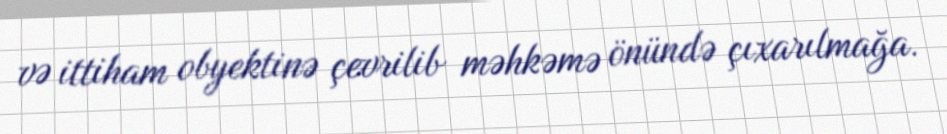
və ittiham obyektinə çevrilib məhkəmə önündə çıxarılmağa.